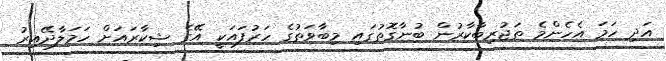
އަދި ހަމަ އެހެންމެ ތަޖުރިބާކާރުން ބުނާގޮތުގައި މިބާވަތުގެ ހަރުފައަކީ އޭގެ ޝިކާރައަށް ހަމަލާދޭއިރު